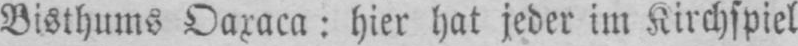
Bisthums Oaxaca: hier hat jeder im Kirchspiel